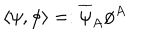
\langle \psi , \phi \rangle = : \overline { { { \psi } } } _ { A } \phi ^ { A }